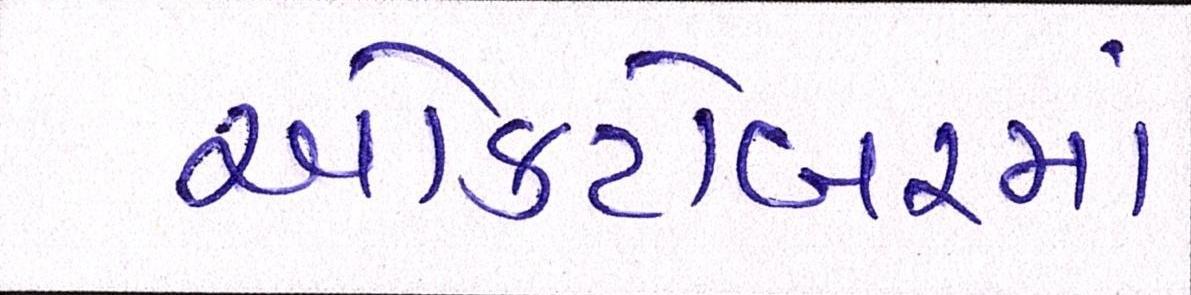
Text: ઓક્ટોબરમાં